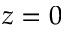
z = 0